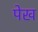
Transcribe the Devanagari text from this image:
पेख